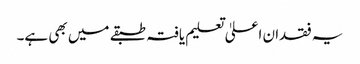
یہ فقدان اعلیٰ تعلیم یافتہ طبقے میں بھی ہے۔